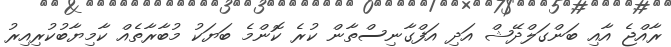
ރާއްޖެ އާއި ބަންގަލްދޭޝް އަދި އަފްގާނިސްތާން ކުރެ ކޮންމެ ބަޔަކު މުބާރާތެއް ކާމިޔާބުކުރިއިރު